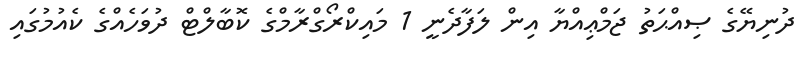
ދުނިޔޭގެ ޞިއްޙަތު ޖަމްޢިއްޔާ އިން ލަފާދެނީ 1 މައިކްރޯގްރާމްގެ ކޮބާލްޓް ދުވަހެއްގެ ކެއުމުގައި